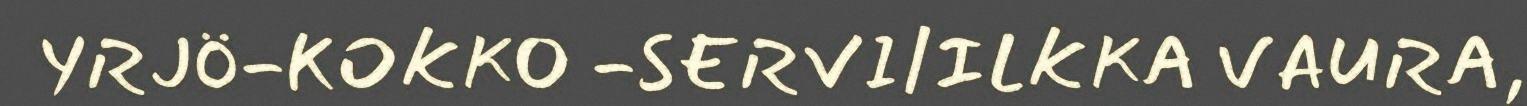
YRJÖ-KOKKO -SERVI/ILKKA VAURA,